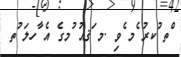
ްތ ުކރު ެމ ެވި .މ ަޤއު ުމގެ އެ ާހލަ ުތ